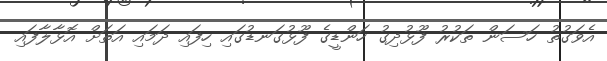
އެވަގުތު ހަސަން ތަކުރު ފޫޅުދިގު ހަންޑީގެ ފޫޅުގަނޑުގައި ހިފައި ދަމައި އަތަށް އޮޅާލާފައި